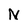
Character: N